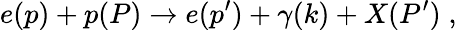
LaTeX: e(p)+p(P)\to e(p^{\prime})+\gamma(k)+X(P^{\prime})\; ,